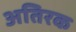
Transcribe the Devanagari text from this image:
अतिरक